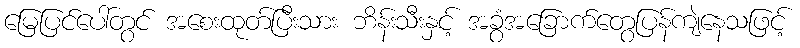
မြေပြင်ပေါ်တွင် အစေးထုတ်ပြီးသား ဘိန်းသီးနှင့် အခွံအခြောက်တွေပြန်ကျဲနေသဖြင့်